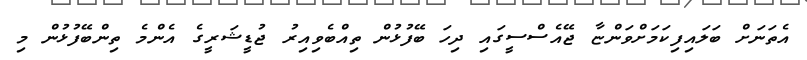
އެތަނަށް ބަލައިފިކަމަށްވަންޏާ ޖޭއެސްސީގައި ދިހަ ބޭފުޅުން ތިއްބެވިއިރު ޖުޑީޝަރީގެ އެންމެ ތިންބޭފުޅުން މި